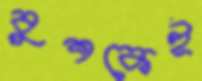
বুশকেই